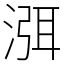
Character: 渳